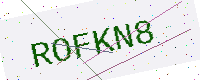
Text: ROFKN8